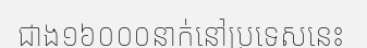
ជាង១៦០០០នាក់នៅប្រទេសនេះ